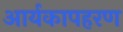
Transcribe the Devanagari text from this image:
आर्यकापहरण